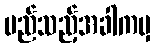
မည်သည့်အခါကမှ